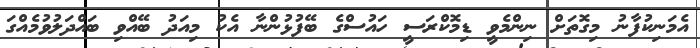
އެމަނިކުފާނު މިގޮތަށް ނިންމެވީ ޑިމޮކްރަސީ ހައުސްގެ ބޭފުޅުންނާ އެކު މިއަދު ބޭއްވި ބައްދަލުވުމެއްގަ